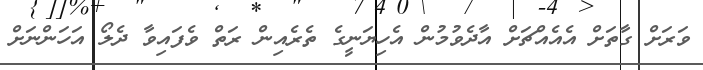
ވަރަށް ގާތަށް އެއެއްޗަށް އާދެވުމުން އެހިޔަނީގެ ތެރެއިން ރަތް ވެފައިވާ ދެލޯ އަހަންނަށް